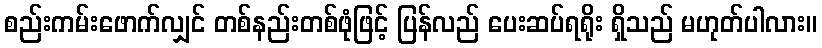
စည်းကမ်းဖောက်လျှင် တစ်နည်းတစ်ဖုံဖြင့် ပြန်လည် ပေးဆပ်ရရိုး ရှိသည် မဟုတ်ပါလား။